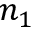
n _ { 1 }